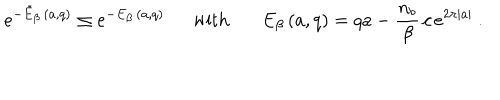
LaTeX: \left. e ^ { - \tilde { E } _ { \beta } \, ( a , q ) } \leq e ^ { - E _ { \beta } \, ( a , q ) } \ \ \mathrm { w i t h } \ \ \ E _ { \beta } \, ( a , q ) = q a - \frac { n _ { b } } { \beta } \, c \, e ^ { 2 \pi | a | } \ . \right.